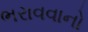
ભરાવવાનો